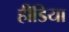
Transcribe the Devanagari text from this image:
हीडिया